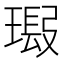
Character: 𱯣